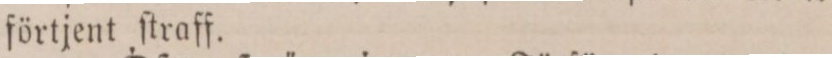
förtjent ſtraff.